Report of the King Institute of Preventive Medicine, Guindy
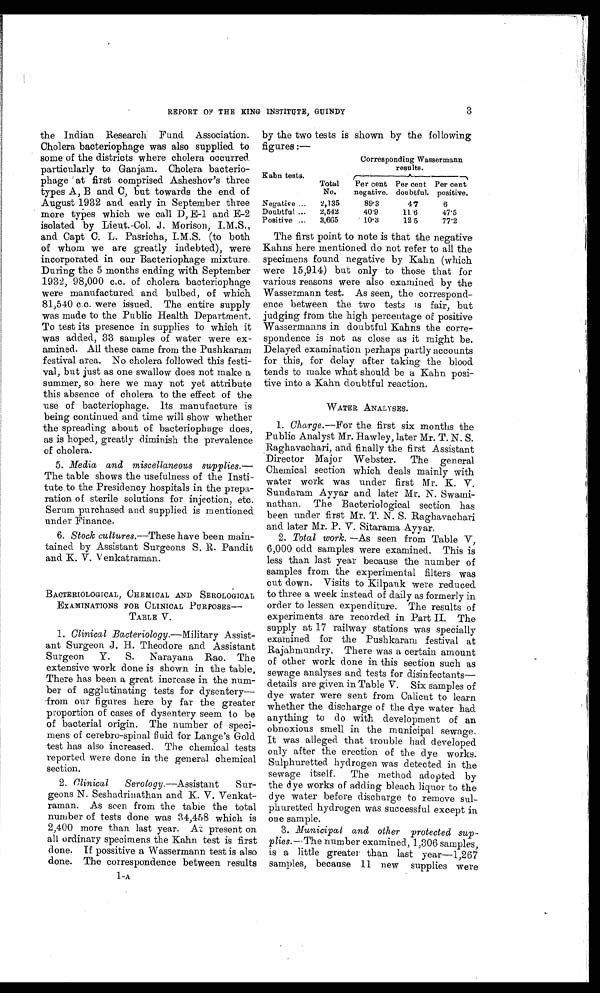
by the two tests is shown by the following
figures :—
Kahn tests.
Corresponding Wassermann
results.
Total
No.
Per cent
negative.
Per cent
doubtful.
Per cent
positive.
Negative . . .
2,135
89.3
4.7
6
Doubtful . . .
2,542
40.9
11.6
47.5
Positive . . .
3,665
10.3
12.5
77.2
REPORT OF THE KING INSTITUTE, GUINDY
the Indian Research Fund Association.
Cholera bacteriophage was also supplied to
some of the districts where cholera occurred
particularly to Ganjam. Cholera bacterio
-
phage at first comprised Asheshov's three
types A, B and C, but towards the end of
August 1932 and early in September three
more types which we call D, E-1 and E-2
isolated by Lieut.-Col. J. Morison, I.M.S.,
and Capt C. L. Pasricha, I.M.S. (to both
of whom we are greatly indebted), were
incorporated in our Bacteriophage mixture.
During the 5 months ending with September
1932, 98,000 c.c. of cholera bacteriophage
were manufactured and bulbed, of which
81,540 c.c. were issued. The entire supply
was made to the Public Health Department.
To test its presence in supplies to which it
was added, 33 samples of water were ex
-
amined. All these came from the Pushkaram
festival area. No cholera followed this festi-
val, but just as one swallow does not make a
summer, so here we may not yet attribute
this absence of cholera to the effect of the
use of bacteriophage. Its manufacture is
being continued and time will show whether
the spreading about of bacteriophage does,
as is hoped, greatly diminish the prevalence
of cholera.
5.
Media and miscellaneous supplies.—
The table shows the usefulness of the Insti
-
tute to the Presidency hospitals in the prepa
-
ration of sterile solutions for injection, etc.
Serum purchased and supplied is mentioned
under Finance.
6. Stock cultures.— These have been main
-
tained by Assistant Surgeons S. R. Pandit
and K. V. Venkatraman.
BACTERIOLOGICAL, CHEMICAL AND SEROLOGICAL
EXAMINATIONS FOR CLINICAL PURPOSES
—
TABLE V.
1. Clinical Bacteriology.—Military Assist
-
ant Surgeon J. H. Theodore and Assistant
Surgeon Y. S. Narayana Rao. The
extensive work done is shown in the table,
There has been a great increase in the num
-
ber of agglutinating tests for dysentery
—
from our figures here by far the greater
proportion of cases of dysentery seem to be
of bacterial origin. The number of speci
-
mens of cerebro-spinal fluid for Lange's Gold
test has also increased. The chemical tests
reported were done in the general chemical
section.
2. Clinical Serology. —Assistant Sur
-
geons N. Seshadrinathan and K.. V. Venkat
-
raman. As seen from the table the total
number of tests done was 34,458 which is
2,400 more than last year. At present on
all ordinary specimens the Kahn test is first
done. If possitive a Wassermann test is also
done. The correspondence between results
The first point to note is that the negative
Kahns here mentioned do not refer to all the
specimens found negative by Kahn (which
were 15,914) but only to those that for
various reasons were also examined by the
Wassermann test. As seen, the correspond
-
ence between the two tests is fair, but
judging from the high percentage of positive
Wassermanns in doubtful Kahns the corre
-
spondence is not as close as it might be.
Delayed examination perhaps partly accounts
for this, for delay after taking the blood
tends to make what should be a Kahn posi
-
tive into a Kahn doubtful reaction.
WATER ANALYSES.
1. Charge.—For the first six months the
Public Analyst Mr. Hawley, later Mr. T. N. S.
Raghavachari, and finally the first Assistant
Director Major Webster. The general
Chemical section which deals mainly with
water work was under first Mr. K. V.
Sundaram Ayyar and later Mr. N. Swami
-
nathan. The Bacteriological section has
been under first Mr. T. N. S. Raghavachari
and later Mr. P. V. Sitarama Ayyar.
2. Total work.—As seen from Table V,
6,000 odd samples were examined. This is
less than last year because the number of
samples from the experimental filters was
cut down. Visits to Kilpauk were reduced
to three a week instead of daily as formerly in
order to lessen expenditure. The results of
experiments are recorded in Part II. The
supply at 17 railway stations was specially
examined for the Pushkaram festival at
Rajahmundry. There was a certain amount
of other work done in this section such as
sewage analyses and tests for disinfectants—
details are given in Table V. Six samples of
dye water were sent from Calicut to learn
whether the discharge of the dye water had
anything to do with development of an
obnoxious smell in the municipal sewage.
It was alleged that trouble had developed
only after the erection of the dye works.
Sulphuretted hydrogen was detected in the
sewage itself. The method adopted by
the dye works of adding bleach liquor to the
dye water before discharge to remove sul
-
phuretted hydrogen was successful except in
one sample.
3. Municipal and other protected sup
-
plies.— The number examined, 1,306 samples,
is a little greater than last year—1,267
samples, because 11 new supplies were
1 - A